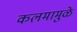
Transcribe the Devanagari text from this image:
कलमामुळे